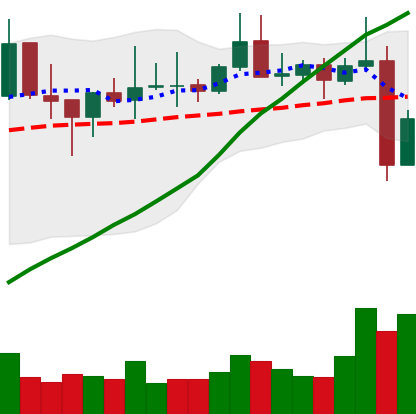
Ticker: TRX-USD
Chart end date: 2021-10-28
Forward return: 12.61%
Label: up_7plus